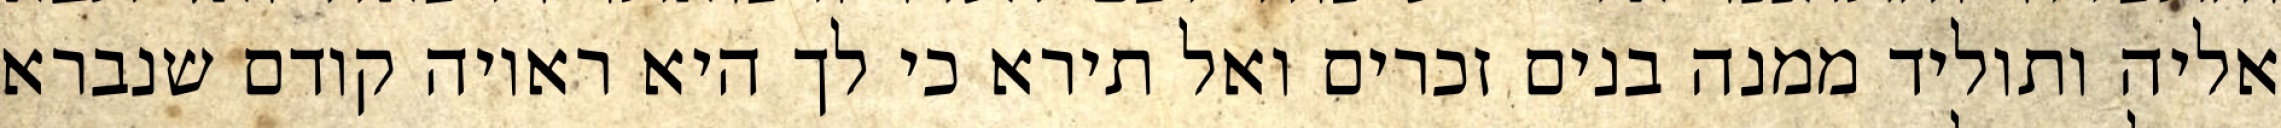
אליה ותוליד ממנה בנים זכרים ואל תירא כי לך היא ראויה קודם שנברא